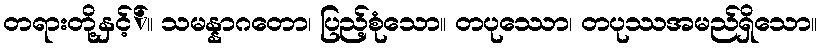
တရားတို့နှင့််။ သမန္နာဂတော၊ ပြည့်စုံသော။ တပုဿော၊ တပုဿအမည်ရှိသော။